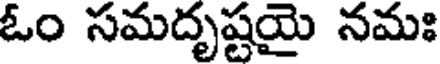
ఓం సమదృష్టయై నమః